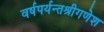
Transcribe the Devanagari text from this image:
वर्षपर्यन्तश्रीगणेश